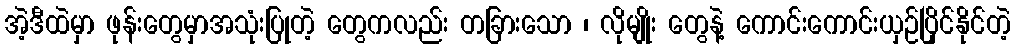
အဲ့ဒီထဲမှာ ဖုန်းတွေမှာအသုံးပြုတဲ့ တွေကလည်း တခြားသော ၊ လိုမျိုး တွေနဲ့ ကောင်းကောင်းယှဉ်ပြိုင်နိုင်တဲ့